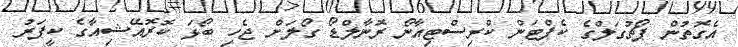
އެގޮތުން ޕޯޗުގަލްގެ ކެޕްޓަން ކްރިސްޓިއާނޯ ރޮނާލްޑޯ ގޯލަށް ޖެހި ބޯޅަ ކޮރޮއޭޝިއާގެ ކީޕަރު